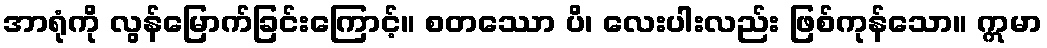
အာရုံကို လွန်မြောက်ခြင်းကြောင့်။ စတဿော ပိ၊ လေးပါးလည်း ဖြစ်ကုန်သော။ ဣမာ